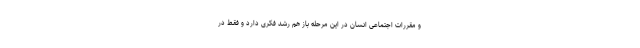
و مقررات اجتماعی انسان در این مرحله باز هم رشد فکری دارد و فقط در